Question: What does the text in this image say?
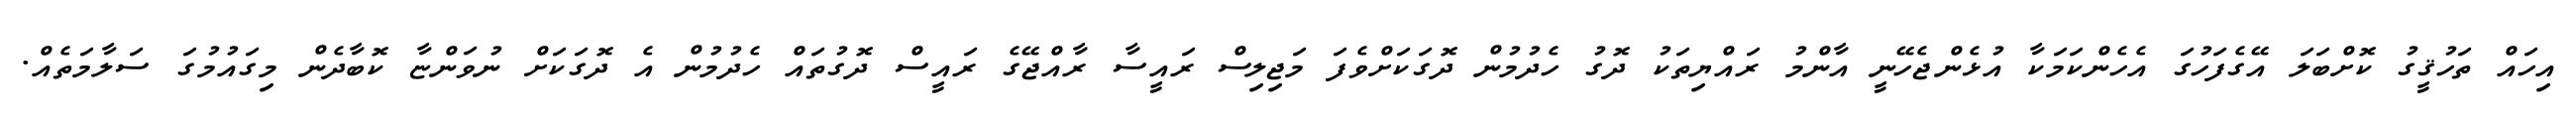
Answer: އިހައް ތަހުޤީގު ކޮށްބަލަ އޭގެފަހުގަ އެހެންކަމަކާ އުޅެންޖެހޭނީ އާންމު ރައްޔިތަކު ދޮގު ހެދުމުން ދޮގަކަށްވެފަ މަޖިލިސް ރައީސާ ރާއްޖޭގެ ރައީސް ދޮގުތައް ހެދުމުން އެ ދޮގަކަށް ނުވަންޏާ ކޮބާދެން މިގައުމުގަ ސަލާމަތެއް.